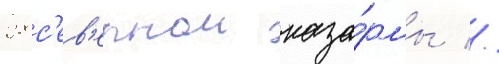
28 с'ев'ернои каза́рмы //